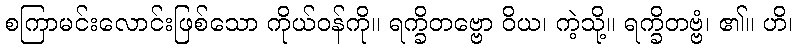
စကြာမင်းလောင်းဖြစ်သော ကိုယ်ဝန်ကို။ ရက္ခိတဗ္ဗော ဝိယ၊ ကဲ့သို့။ ရက္ခိတဗ္ဗံ၊ ၏။ ဟိ၊